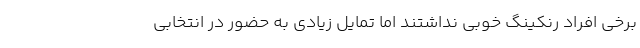
برخی افراد رنکینگ خوبی نداشتند اما تمایل زیادی به حضور در انتخابی